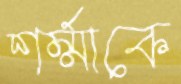
শর্ম্মাকে